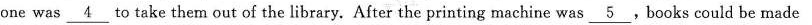
one was\underline{4} to take them out of the library. After the printing machine was \underline{5}.Books could be made